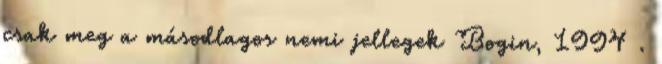
csak meg a másodlagos nemi jellegek Bogin, 1994 .